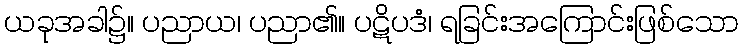
ယခုအခါ၌။ ပညာယ၊ ပညာ၏။ ပဋိပဒံ၊ ရခြင်းအကြောင်းဖြစ်သော